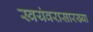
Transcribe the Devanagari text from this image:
स्वयंवरासारख्या